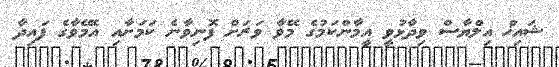
ޝައިޚް އިލްޔާސް ވިދާޅުވީ އީމާންކަމުގެ މޭވާ ވަރަށް ފޮނިވާނެ ކަމަށާއި އެމޭވާގެ ފައިދާ